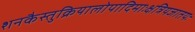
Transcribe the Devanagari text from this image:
शनकैस्तुक्रियालोपादिमाःक्षत्रियजातयः